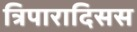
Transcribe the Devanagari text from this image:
त्रिपारादिसस